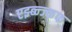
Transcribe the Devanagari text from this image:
एझ्ब्न्ज्क्फ्